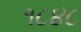
૧૮૪૮